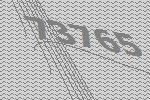
73765